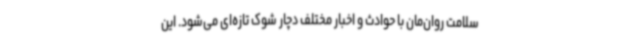
سلامت روان‌مان با حوادث و اخبار مختلف دچار شوک تازه‌ای می‌شود. این